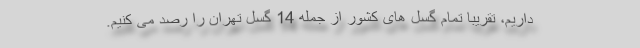
داریم، تقریبا تمام گسل های کشور از جمله 14 گسل تهران را رصد می کنیم.